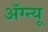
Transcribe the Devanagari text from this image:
अॅग्न्यू